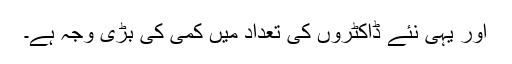
اور یہی نئے ڈاکٹروں کی تعداد میں کمی کی بڑی وجہ ہے۔